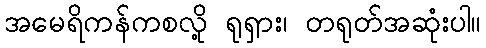
အမေရိကန်ကစလို့ ရုရှား၊ တရုတ်အဆုံးပါ။